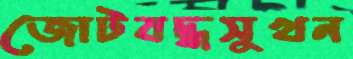
জোটবদ্ধসুখন